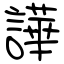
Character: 譁